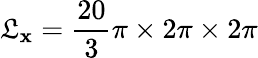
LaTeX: \mathfrak{L}_{\mathbf{{x}}}=\frac{{20}}{{3}}\pi\times2\pi\times2\pi